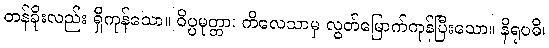
တန်ခိုးလည်း ရှိကုန်သော။ ဝိပ္ပမုတ္တာ၊ ကိလေသာမှ လွတ်မြောက်ကုန်ပြီးသော။ နိရုပဓိ၊